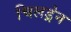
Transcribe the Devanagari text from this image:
चिलड्रेन